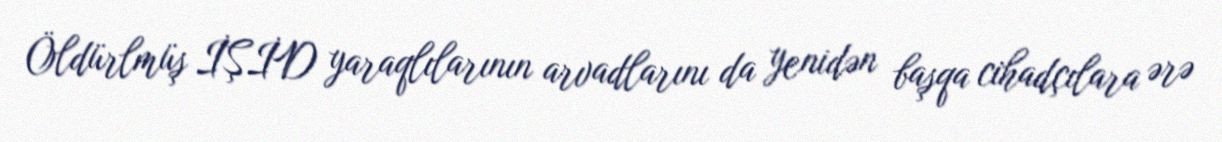
Öldürlmüş İŞİD yaraqlılarının arvadlarını da yenidən başqa cihadçılara ərə